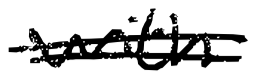
Text: with
Cross-out: double-line
Writing tool: digital_black